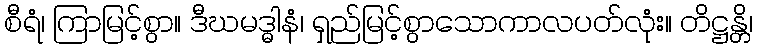
စီရံ၊ ကြာမြင့်စွာ။ ဒီဃမဒ္ဓါနံ၊ ရှည်မြင့်စွာသောကာလပတ်လုံး။ တိဋ္ဌန္တိ၊